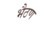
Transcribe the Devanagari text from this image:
भैठण